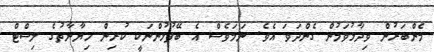
މެންބަރުން ވިދާޅުވަމުން ގެންދަވަ އެވެ. ނަމަވެސް އެ ބޭފުޅުންނަކީ ކުރިން ހިޔާނާތުގެ ލިސްޓް